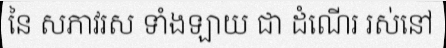
នៃ សភាវរស ទាំងឡាយ ជា ដំណើរ រស់នៅ